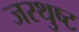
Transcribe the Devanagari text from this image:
जरथुष्ट